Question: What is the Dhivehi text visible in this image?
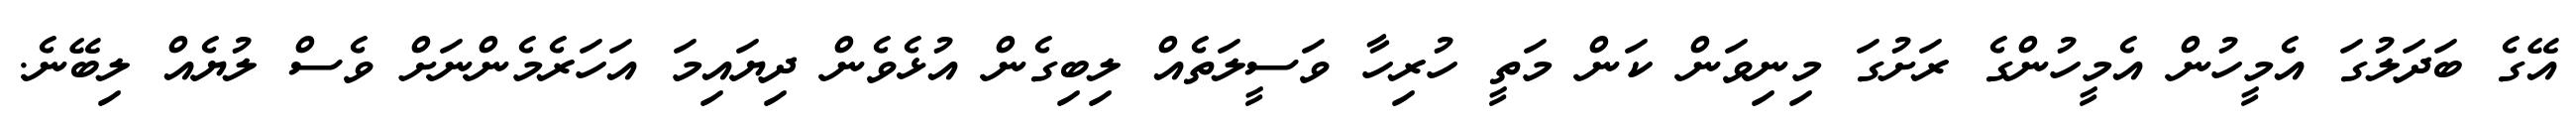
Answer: އޭގެ ބަދަލުގަ އެމީހުން އެމީހުންގެ ރަށުގަ މިނިވަން ކަން މަތީ ހުރިހާ ވަސީލަތެއް ލިބިގެން އުޅެވެން ދިޔައިމަ އަހަރެމެންނަށް ވެސް ލުޔެއް ލިބޭނެ.